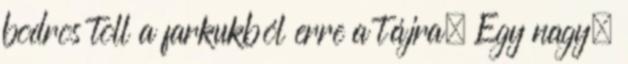
bodros toll a farkukból erre a tájra. Egy nagy,